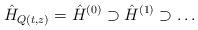
LaTeX: \begin{align*}\hat{H}_{Q(t,z)} = \hat{H}^{(0)} \supset \hat{H}^{(1)} \supset \ldots\end{align*}